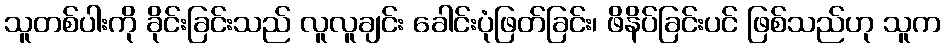
သူတစ်ပါးကို ခိုင်းခြင်းသည် လူလူချင်း ခေါင်းပုံဖြတ်ခြင်း၊ ဖိနိပ်ခြင်းပင် ဖြစ်သည်ဟု သူက